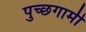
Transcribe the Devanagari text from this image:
पुच्छगामी